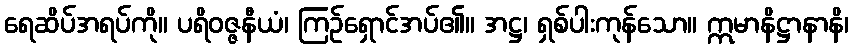
ရေဆိပ်အရပ်ကို။ ပရိဝဇ္ဇနီယံ၊ ကြဉ်ရှောင်အပ်၏။ အဋ္ဌ၊ ရှစ်ပါးကုန်သော။ ဣမာနိဋ္ဌာနာနိ၊